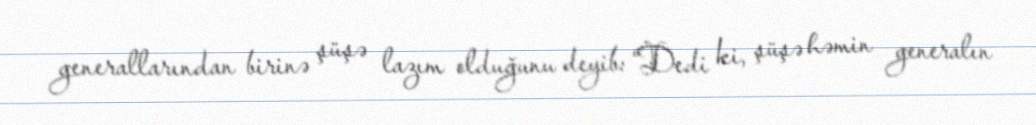
generallarından birinə şüşə lazım olduğunu deyib: “Dedi ki, şüşə həmin generalın